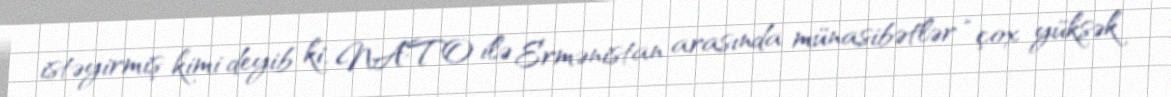
istəyirmiş kimi deyib ki, NATO ilə Ermənistan arasında münasibətlər “çox yüksək